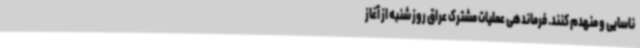
ناسایی و منهدم کنند. فرماندهی عملیات مشترک عراق روز شنبه از آغاز